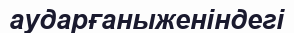
аударғаныженіндегі